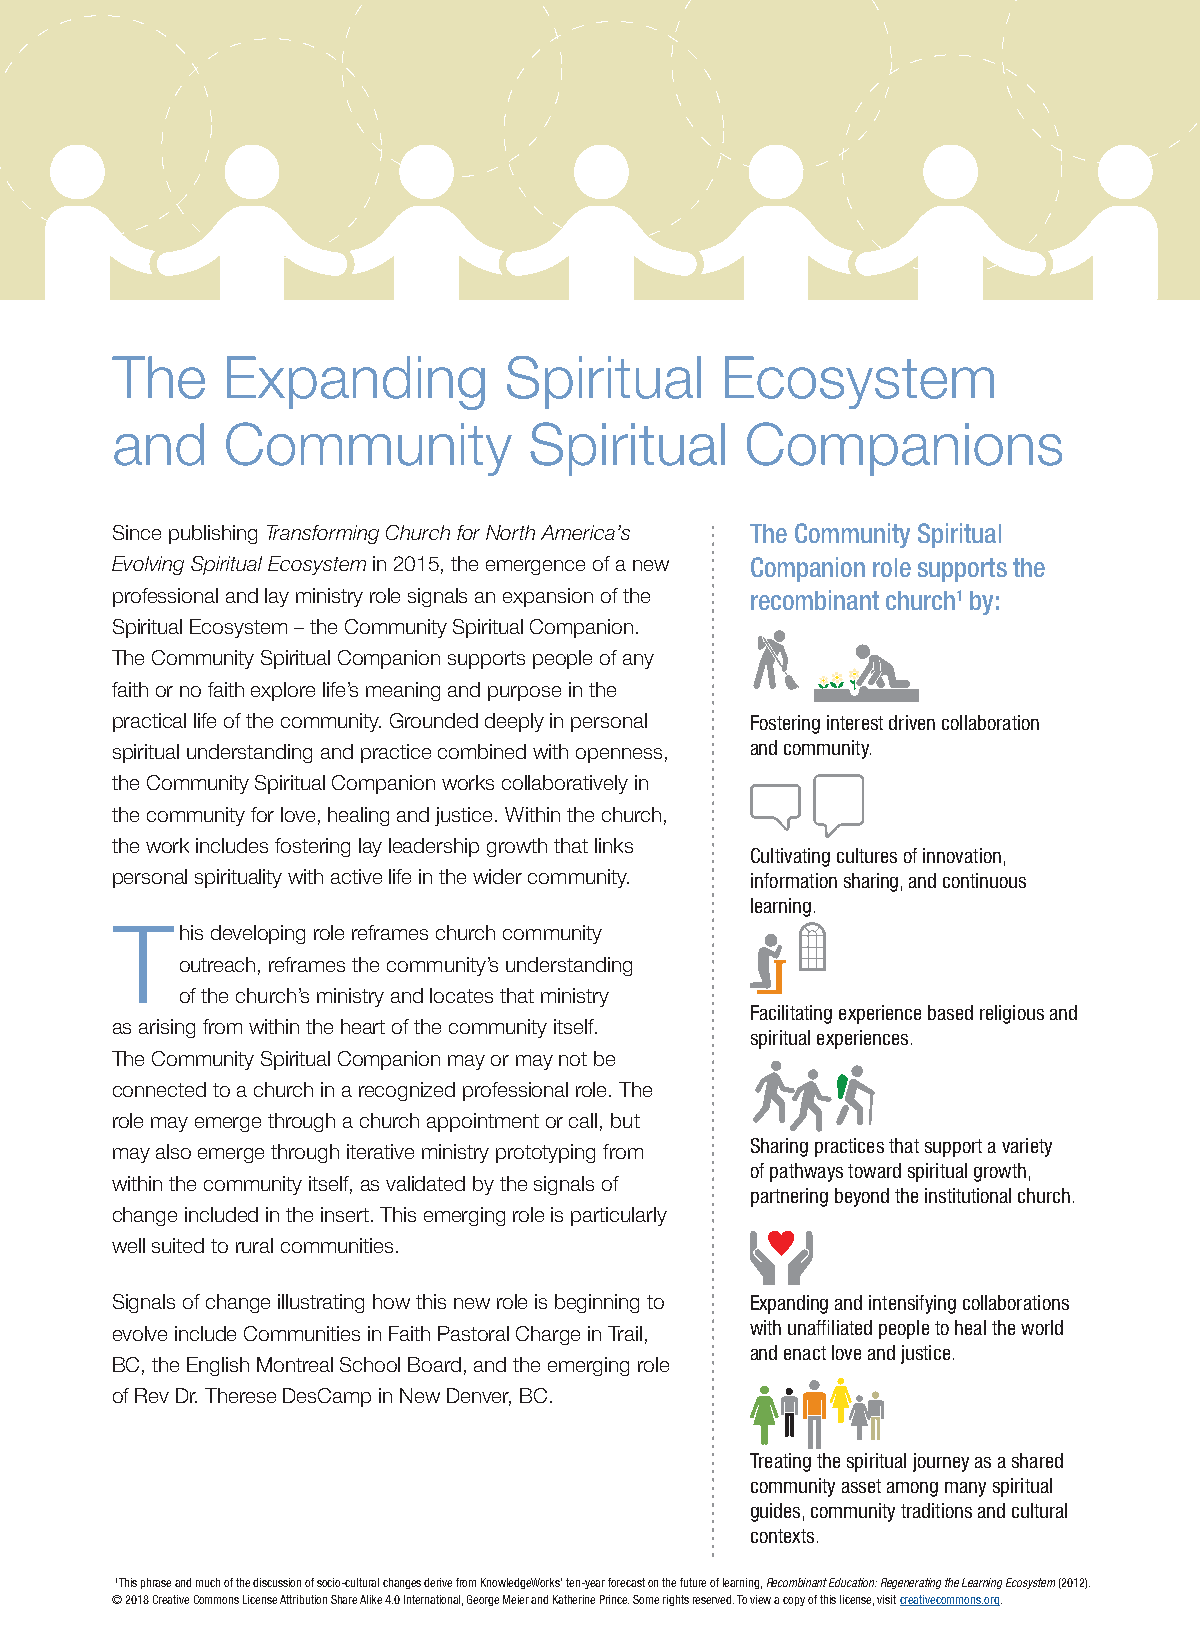
The     Expanding         Spiritual      Ecosystem
 and     Community           Spiritual     Companions
 Since publishing Transforming Church for North America’s The Community Spiritual
 Evolving Spiritual Ecosystem in 2015, the emergence of a new Companion role supports the
 professional and lay ministry role signals an expansion of the recombinant church1 by:
 Spiritual Ecosystem – the Community Spiritual Companion.
 The Community Spiritual Companion supports people of any
 faith or no faith explore life’s meaning and purpose in the
 practical life of the community. Grounded deeply in personal Fostering interest driven collaboration
 spiritual understanding and practice combined with openness, and community.
 the Community Spiritual Companion works collaboratively in
 the community for love, healing and justice. Within the church,
 the work includes fostering lay leadership growth that links
 Cultivating cultures of innovation,
 personal spirituality with active life in the wider community. information sharing, and continuous
 learning.
 T
 his developing role reframes church community
 outreach, reframes the community’s understanding
 of the church’s ministry and locates that ministry
 Facilitating experience based religious and
 as arising from within the heart of the community itself.
 spiritual experiences.
 The Community Spiritual Companion may or may not be
 connected to a church in a recognized professional role. The
 role may emerge through a church appointment or call, but
 Sharing practices that support a variety
 may also emerge through iterative ministry prototyping from
 of pathways toward spiritual growth,
 within the community itself, as validated by the signals of
 partnering beyond the institutional church.
 change included in the insert. This emerging role is particularly
 well suited to rural communities.
 Signals of change illustrating how this new role is beginning to Expanding and intensifying collaborations
 evolve include Communities in Faith Pastoral Charge in Trail, with unaffiliated people to heal the world
 and enact love and justice.
 BC, the English Montreal School Board, and the emerging role
 of Rev Dr. Therese DesCamp in New Denver, BC.
 Treating the spiritual journey as a shared
 community asset among many spiritual
 guides, community traditions and cultural
 contexts.
 1 This phrase and much of the discussion of socio-cultural changes derive from KnowledgeWorks’ ten-year forecast on the future of learning, Recombinant Education: Regenerating the Learning Ecosystem (2012).
 © 2018 Creative Commons License Attribution Share Alike 4.0 International, George Meier and Katherine Prince. Some rights reserved. To view a copy of this license, visit creativecommons.org.